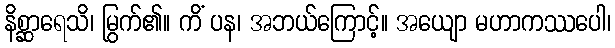
နိစ္ဆာရေသိ၊ မြွက်၏။ ကိံ ပန၊ အဘယ်ကြောင့်။ အယျော မဟာကဿပေါ၊